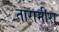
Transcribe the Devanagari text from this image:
तारामीरा